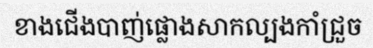
ខាងជើងបាញ់ផ្លោងសាកល្បងកាំជ្រួច